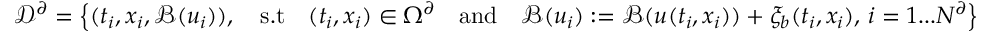
\mathcal { D } ^ { \partial } = \left\{ ( t _ { i } , x _ { i } , \mathcal { B } ( u _ { i } ) ) , \quad \mathrm { s . t } \quad ( t _ { i } , x _ { i } ) \in \Omega ^ { \partial } \quad \mathrm { a n d } \quad \mathcal { B } ( u _ { i } ) : = \mathcal { B } ( u ( t _ { i } , x _ { i } ) ) + \xi _ { b } ( t _ { i } , x _ { i } ) , \, i = 1 . . . N ^ { \partial } \right\}